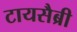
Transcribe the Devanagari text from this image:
टायसैब्री